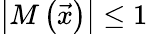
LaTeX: \left|M\left(\vec{x}\right)\right|\leq 1